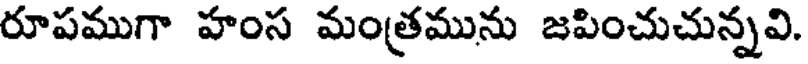
రూపముగా హంస మంత్రమును జపించుచున్నవి.